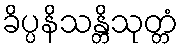
ခိပ္ပနိသန္တိသုတ္တံ